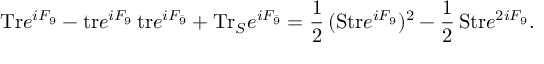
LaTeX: \mathrm { T r } e ^ { i F _ { 9 } } - \mathrm { t r } e ^ { i F _ { 9 } } \, \mathrm { t r } e ^ { i F _ { \bar { 9 } } } + \mathrm { T r } _ { S } e ^ { i F _ { \bar { 9 } } } = { \frac { 1 } { 2 } } \, ( \mathrm { S t r } e ^ { i F _ { 9 } } ) ^ { 2 } - { \frac { 1 } { 2 } } \, \mathrm { S t r } e ^ { 2 i F _ { 9 } } .